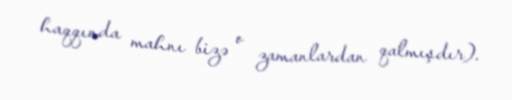
haqqında mahnı bizə o zamanlardan qalmışdır).